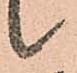
候